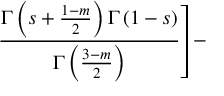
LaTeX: \left. \frac { \Gamma \left( s + \frac { 1 - m } { 2 } \right) \Gamma \left( 1 - s \right) } { \Gamma \left( \frac { 3 - m } { 2 } \right) } \right] -